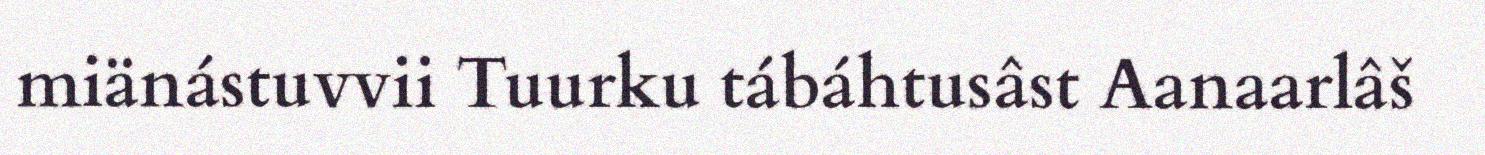
miänástuvvii Tuurku tábáhtusâst Aanaarlâš